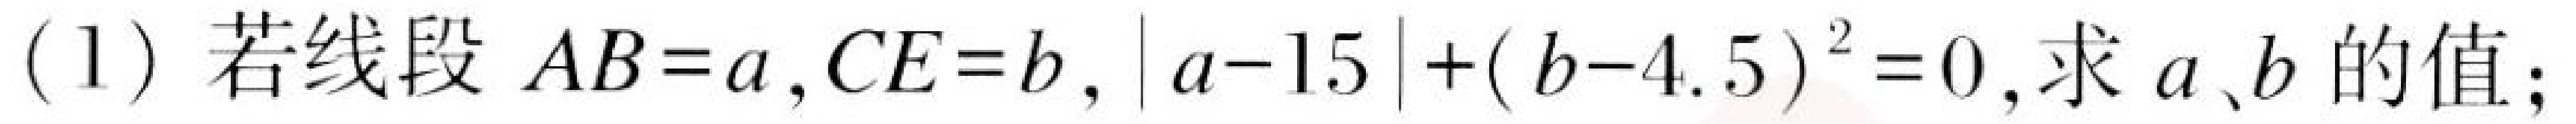
(1)若线段\(AB = a,CE = b,|a - 15|+(b - 4.5)^{2}=0\),求\(a、b\)的值；